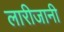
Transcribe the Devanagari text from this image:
लारीजानी